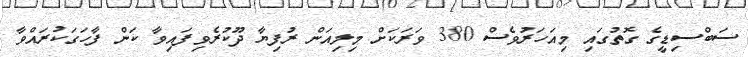
ސަބްސިޑީގެ ގޮތުގައި މިއަހަރުވެސް 380 ވަރަކަށް މިލިއަން ރުފިޔާ ދޫކުރެވިފައިވާ ކަން ފާހަގަކުރައްވާ